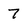
Character: 7